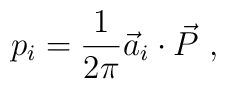
p_i = \frac{1}{2\pi} {\vec a}_i \cdot {\vec P}~,